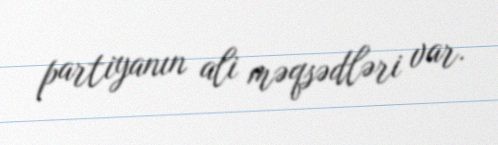
partiyanın ali məqsədləri var.